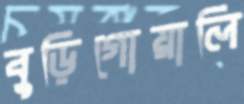
বুড়িগোয়ালি